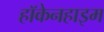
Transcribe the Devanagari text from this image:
हॉकेनहाइम